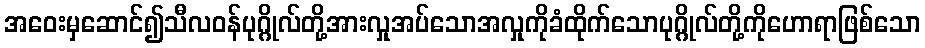
အဝေးမှဆောင်၍သီလဝန်ပုဂ္ဂိုလ်တို့အားလှုအပ်သောအလှုကိုခံထိုက်သောပုဂ္ဂိုလ်တို့ကိုဟောရာဖြစ်သော